Civil Veterinary Dept. Bombay admin report 1932-41 - 1932-1941
Year: 1932
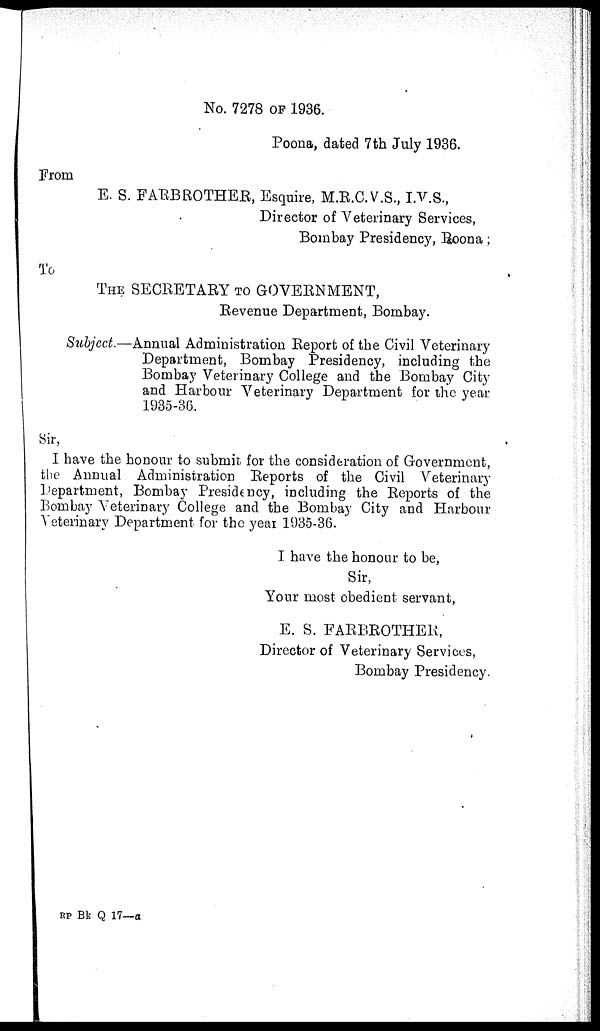
No. 7278 OF 1936.
Poona, dated 7th July 1936.
From
E. S. FARBROTHER, Esquire, M.R.C.V.S., I.V.S.,
Director of Veterinary Services,
Bombay Presidency, Poona;
To
THE SECRETARY TO GOVERNMENT,
Revenue Department, Bombay.
Subject.—Annual Administration Report of the Civil Veterinary
Department, Bombay Presidency, including the
Bombay Veterinary College and the Bombay City
and Harbour Veterinary Department for the year
1935-36.
Sir,
I have the honour to submit for the consideration of Government,
the Annual Administration Reports of the Civil Veterinary
Department, Bombay Presidency, including the Reports of the
Bombay Veterinary College and the Bombay City and Harbour
Veterinary Department for the year 1935-36.
I have the honour to be,
Sir,
Your most obedient servant,
E. S. FARBROTHER,
Director of Veterinary Services,
Bombay Presidency.
RP Bk Q 17—a